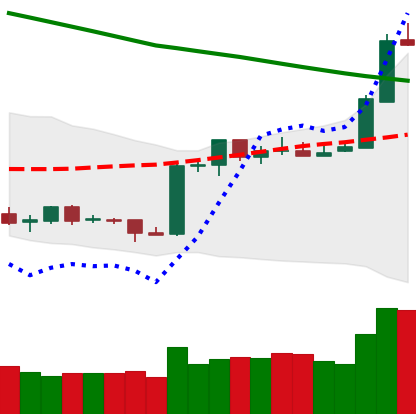
Ticker: ETH-USD
Chart end date: 2019-02-19
Forward return: -6.532%
Label: down_5_7